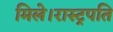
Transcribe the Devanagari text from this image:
मिले।रास्ट्रपति